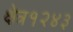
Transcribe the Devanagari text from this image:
क्षेत्र१२४३